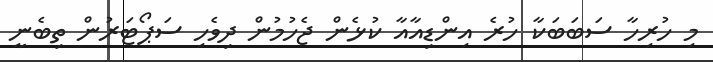
މި ހުރިހާ ސަބަބަކާ ހުރެ އިންޑިއާއާ ކުޅެން ޖެހުމުން ދިވެހި ސަޕޯޓަރުން ތިބެނީ